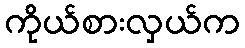
ကိုယ်စားလှယ်က